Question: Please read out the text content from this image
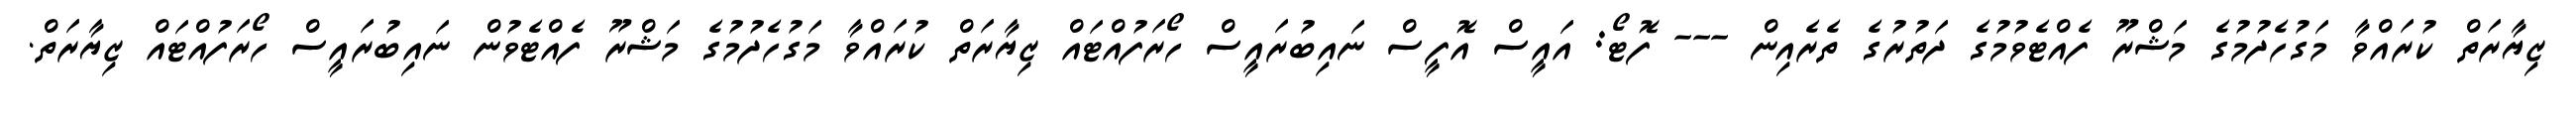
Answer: ޒިޔާރަތް ކުރައްވާ މަގުހެދުމުގެ މަޝްރޫ ފެއްޓެވުމުގެ ދަތުރުގެ ތެރެއިން --- ފޮޓޯ: އައީސް އޮފީސް ނައިބުރައީސް ހޯރަފުއްޓައް ޒިޔާރަތް ކުރައްވާ މަގުހެދުމުގެ މަޝްރޫ ފެއްޓެވުން ނައިބުރައީސް ހޯރަފުއްޓައް ޒިޔާރަތް.